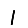
Digit: 1